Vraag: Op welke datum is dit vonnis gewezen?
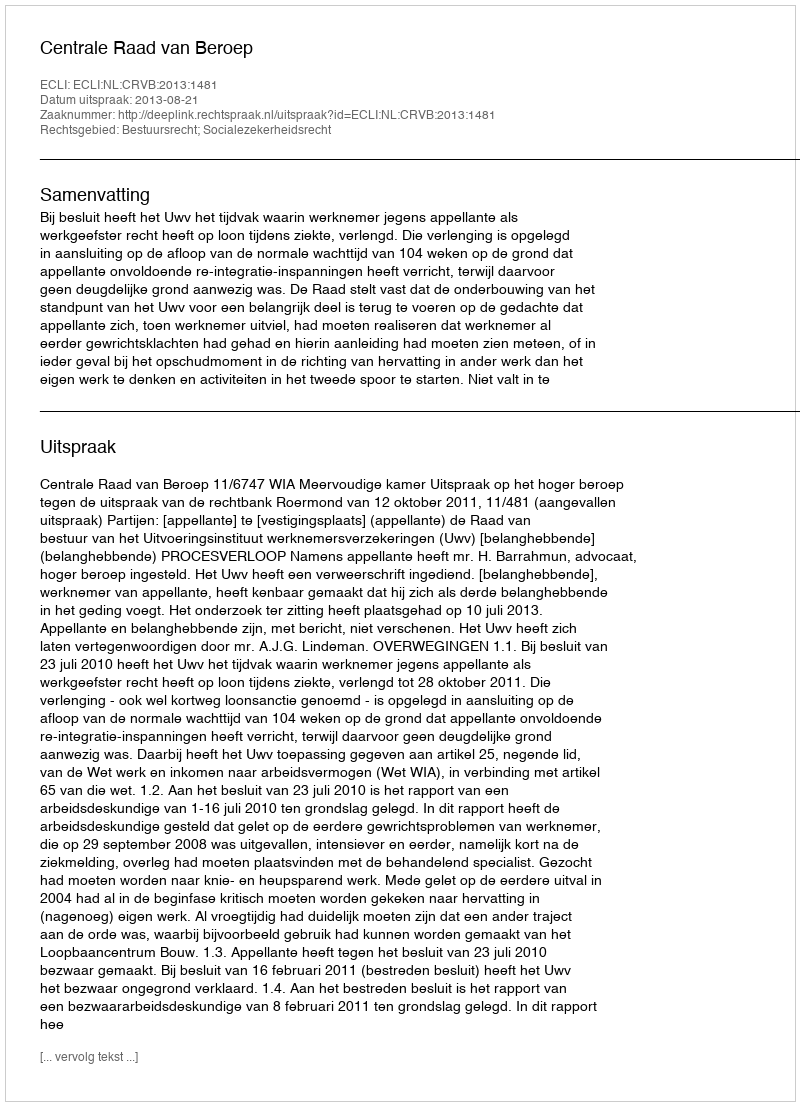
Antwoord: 2013-08-21